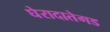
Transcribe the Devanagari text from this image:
घेरादातेगड